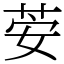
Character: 荌